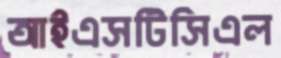
আইএসটিসিএল